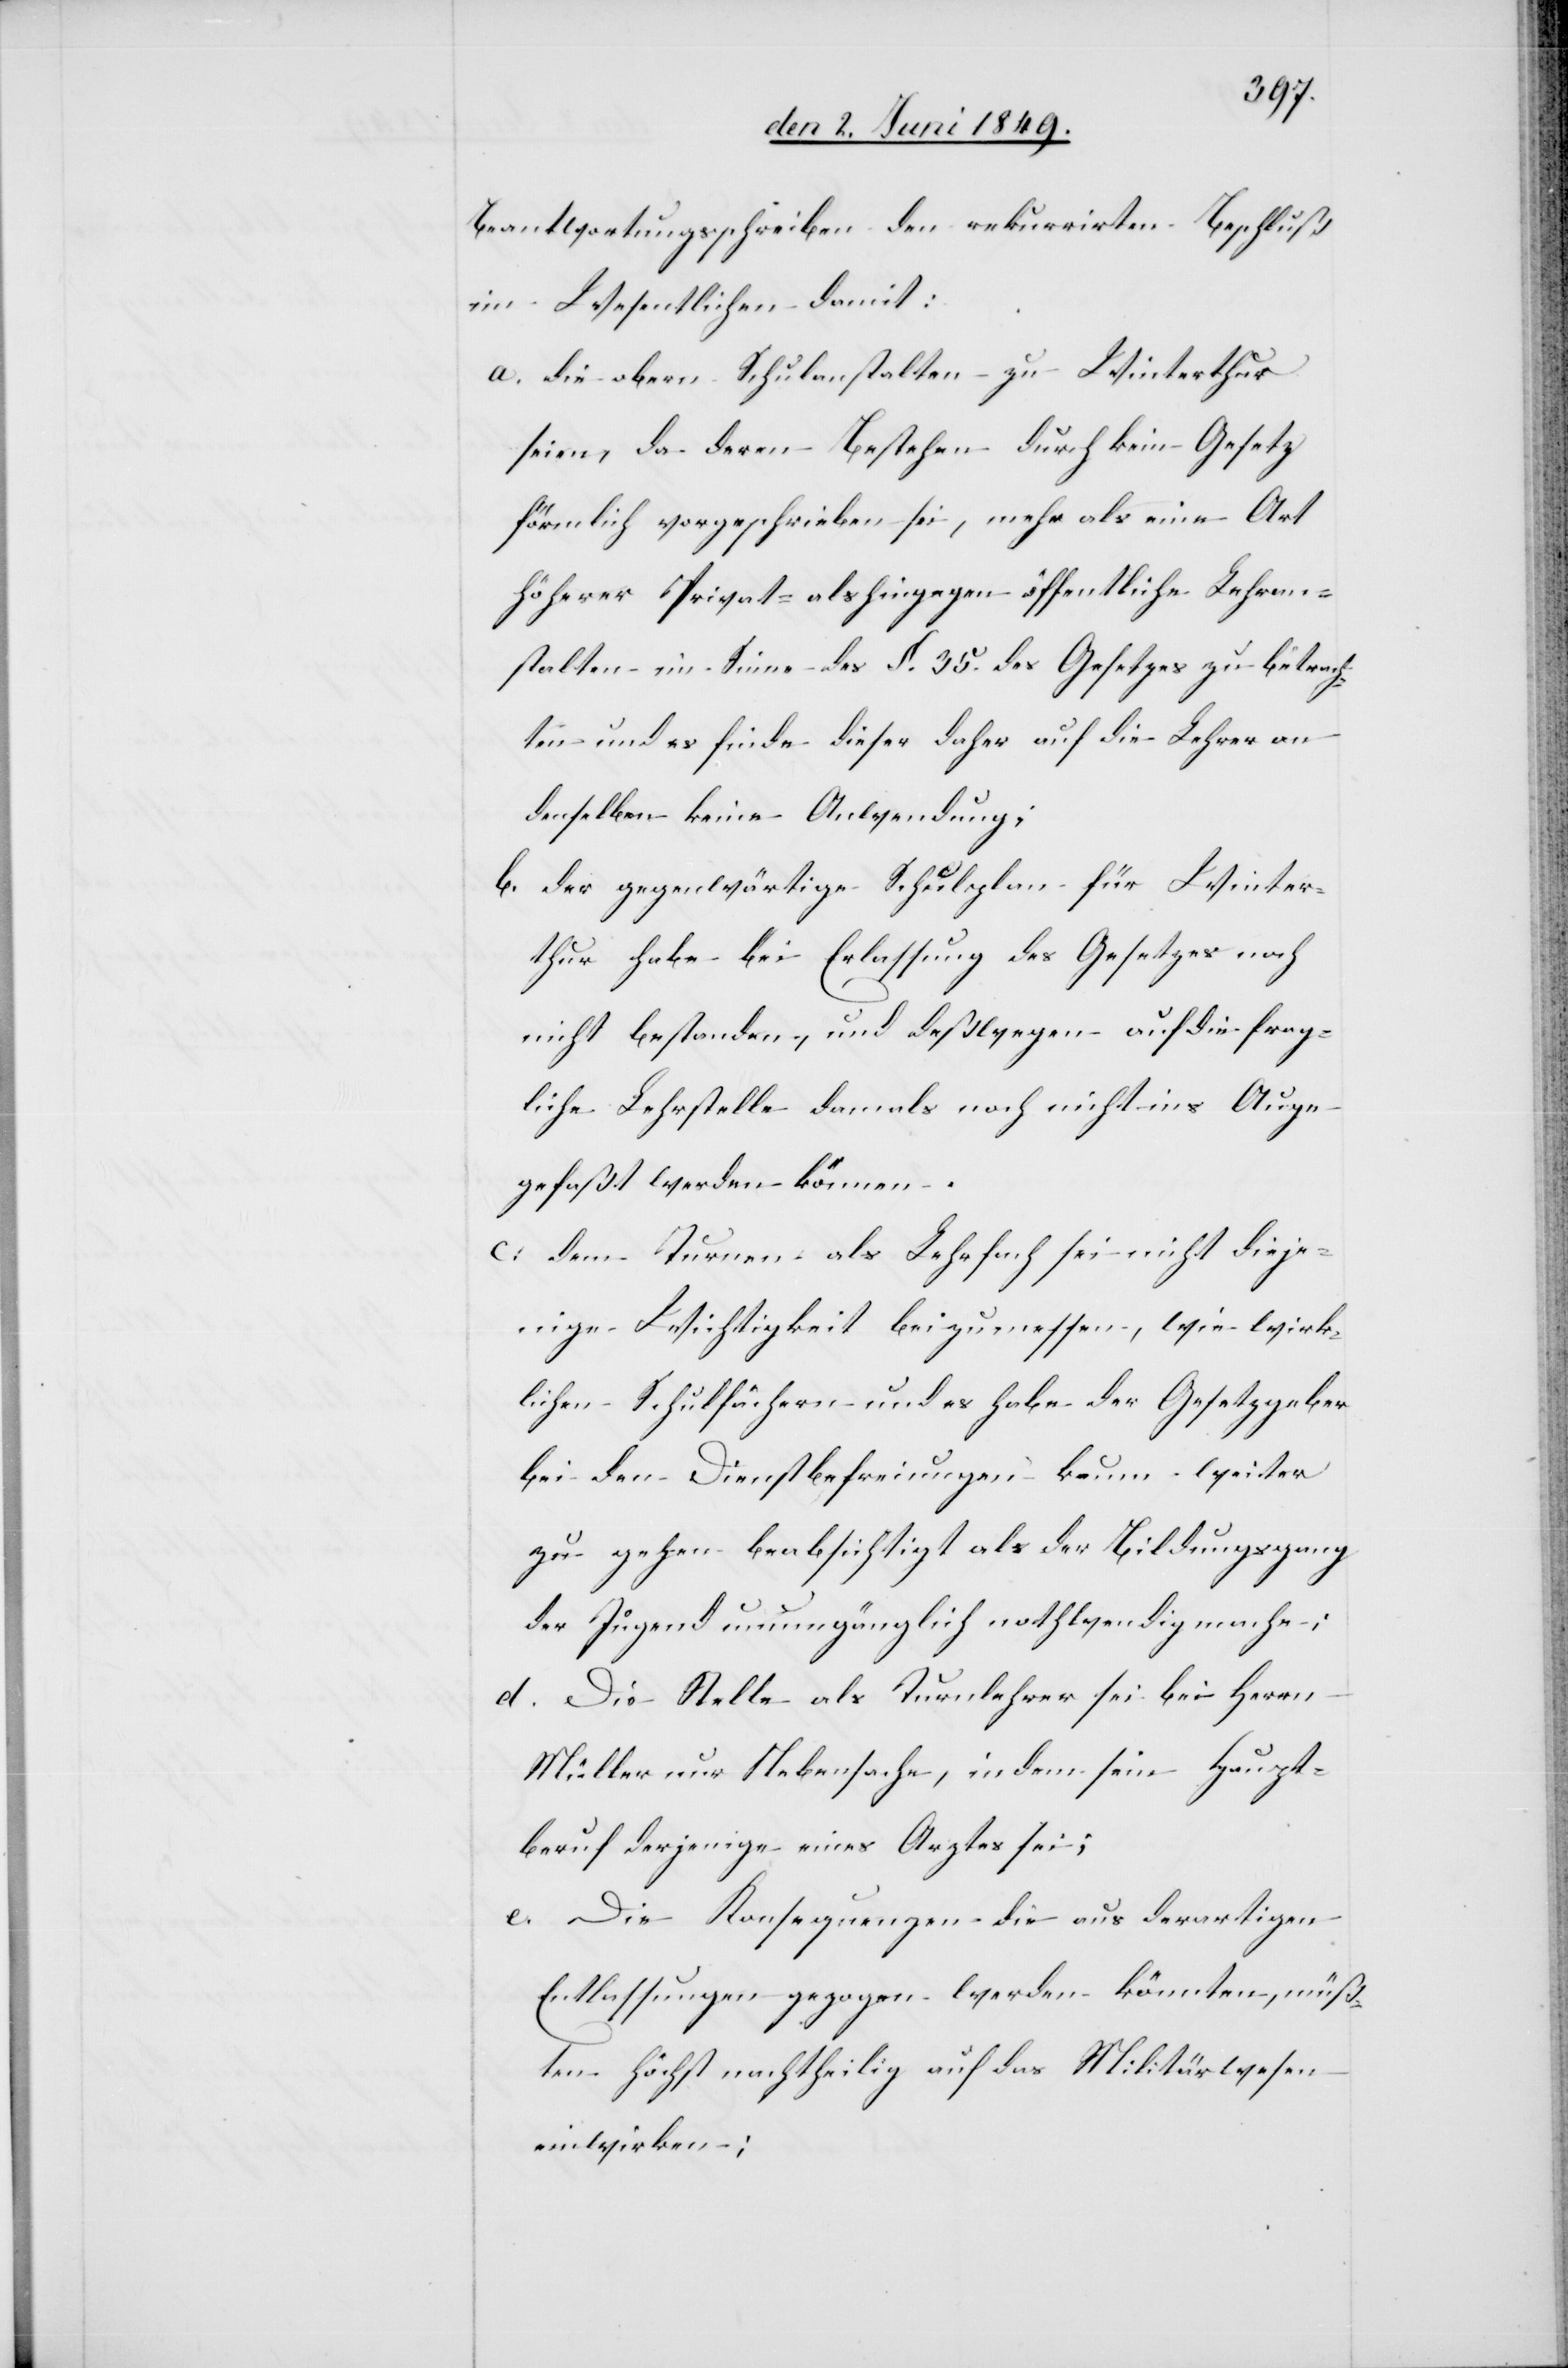
Beantwortungsschreiben den rekurrirten Beschluß
im Wesentlichen damit:
a. die obern Schulanstalten zu Winterthur
seien, da deren Bestehen durch kein Gesetz
förmlich vorgeschrieben sei, mehr als eine Art
höherer Privat- als hingegen öffentliche Lehran¬
stalten im Sinne des §. 35. des Gesetzes zu betrach¬
ten und es finde dieser daher auf die Lehrer an
denselben keine Anwendung;
b. der gegenwärtige Schulplan für Winter¬
thur habe bei Erlassung des Gesetzes noch
nicht bestanden, und deßwegen auf die frag¬
liche Lehrstelle damals noch nicht ins Auge
gefaßt werden können.
c. dem Turnen als Lehrfach sei nicht dieje¬
nige Wichtigkeit beizumessen, wie wirk¬
lichen Schulfächern und es habe der Gesetzgeber
bei den Dienstbefreiungen kaum weiter
zu gehen beabsichtigt als der Bildungsgang
der Jugend unumgänglich nothwendig mache;
d. Die Stelle als Turnlehrer sei bei Herrn
Müller nur Nebensache, indem sein Haupt¬
beruf derjenige eines Arztes sei;
e. Die Konsequenzen die aus derartigen
Entlassungen gezogen werden könnten, müß¬
ten höchst nachtheilig auf das Militärwesen
einwirken;